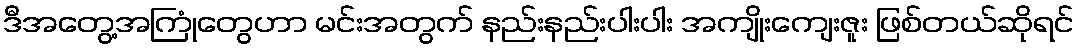
ဒီအတွေ့အကြုံတွေဟာ မင်းအတွက် နည်းနည်းပါးပါး အကျိုးကျေးဇူး ဖြစ်တယ်ဆိုရင်